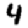
Digit: 4